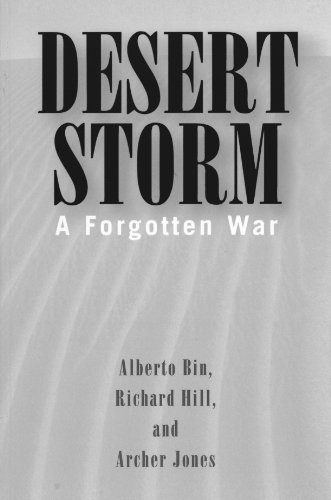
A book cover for Desert Storm: A Forgotten War; Alberto Bin; History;